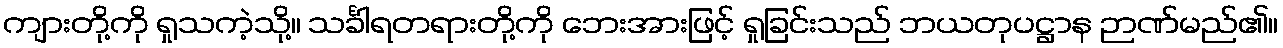
ကျားတို့ကို ရှုသကဲ့သို့။ သင်္ခါရတရားတို့ကို ဘေးအားဖြင့် ရှုခြင်းသည် ဘယတုပဋ္ဌာန ဉာဏ်မည်၏။